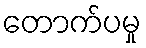
တောက်ပမှု